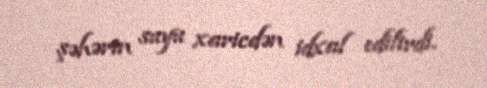
şəhərin suyu xaricdən idxal edilirdi.